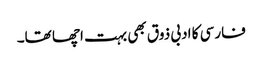
فارسی کا ادبی ذوق بھی بہت اچھا تھا۔